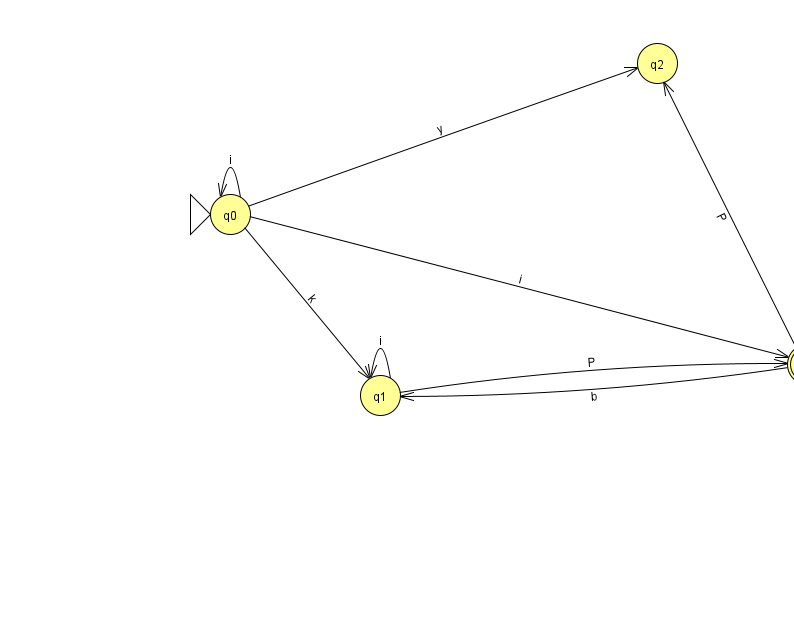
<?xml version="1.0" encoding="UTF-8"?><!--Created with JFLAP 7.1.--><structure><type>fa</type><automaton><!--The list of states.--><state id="0" name="q0"><x>230.0</x><y>201.0</y><initial/></state><state id="1" name="q1"><x>380.0</x><y>382.0</y></state><state id="2" name="q2"><x>657.0</x><y>50.0</y></state><state id="3" name="q3"><x>807.0</x><y>351.0</y><final/></state><!--The list of transitions.--><transition><from>3</from><to>2</to><read>P</read></transition><transition><from>1</from><to>3</to><read>P</read></transition><transition><from>3</from><to>1</to><read>b</read></transition><transition><from>0</from><to>1</to><read>k</read></transition><transition><from>0</from><to>0</to><read>i</read></transition><transition><from>1</from><to>1</to><read>i</read></transition><transition><from>0</from><to>2</to><read>y</read></transition><transition><from>0</from><to>3</to><read>i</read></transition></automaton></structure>